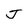
Character: J